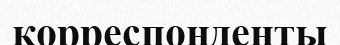
корреспонденты